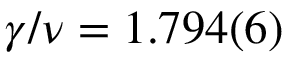
\gamma / \nu = 1 . 7 9 4 ( 6 )